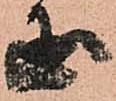
国